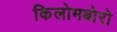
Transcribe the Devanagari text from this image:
किलोमबोरो